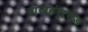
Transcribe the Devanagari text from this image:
राजहंसगड